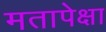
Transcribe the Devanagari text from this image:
मतापेक्षा